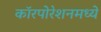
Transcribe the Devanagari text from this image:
कॉरपोरेशनमध्ये